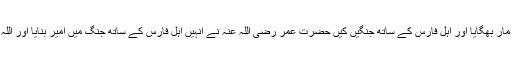
حضرت سعد رضی اللہ عنہ نے ہی کوفہ آباد کیا اور کافروں کو مار بھگایا اور اہل فارس کے ساتھ جنگیں کیں حضرت عمر رضی اللہ عنہ نے انہیں اہل فارس کے ساتھ جنگ میں امیر بنایا اور اللہ تعالٰی نے فارس کے اکثر شہروں کو فتح ان کے ہاتھ پر فرمائی۔